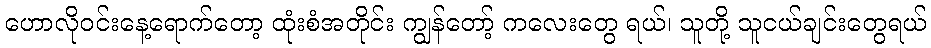
ဟောလိုဝင်းနေ့ရောက်တော့ ထုံးစံအတိုင်း ကျွန်တော့် ကလေးတွေ ရယ်၊ သူတို့ သူငယ်ချင်းတွေရယ်